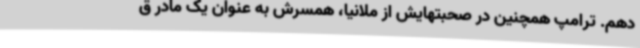
دهم. ترامپ همچنین در صحبتهایش از ملانیا، همسرش به عنوان یک مادر ق